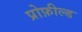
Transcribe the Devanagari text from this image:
प्रोफ़ील्ड